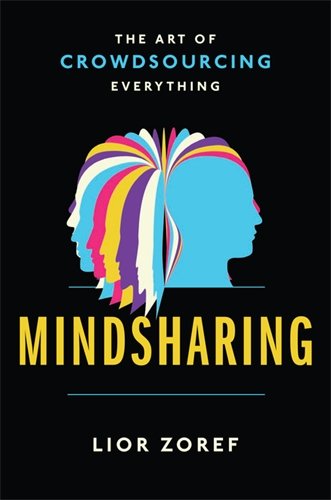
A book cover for Mindsharing: The Art of Crowdsourcing Everything; Lior Zoref; Computers & Technology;